Lunatic asylums Madras 1892-1911 - 1892-1911
Year: 1892
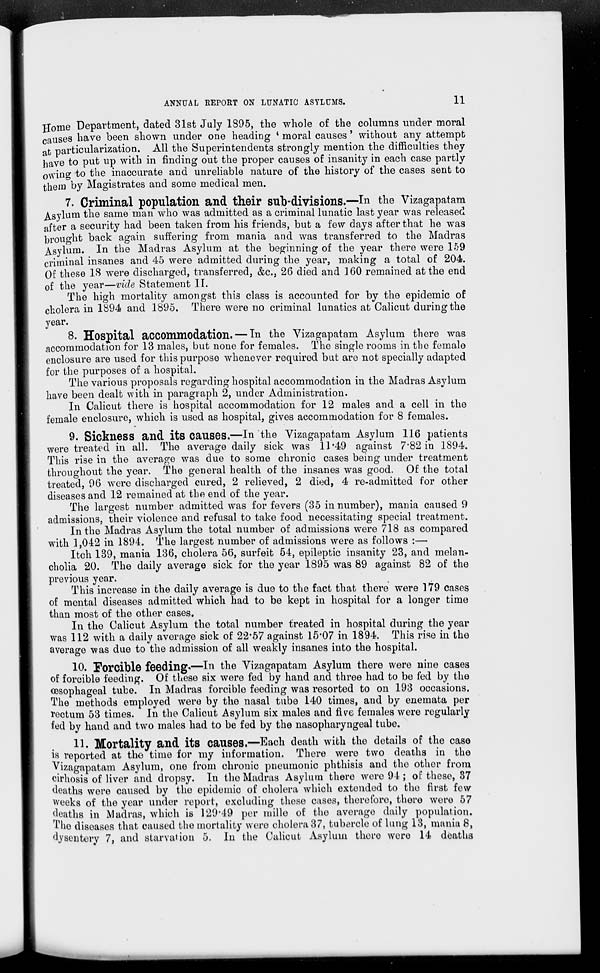
ANNUAL REPORT ON LUNATIC ASYLUMS.
11
Home Department, dated 31st July 1895, the whole of the columns under moral
causes have been shown under one heading ' moral causes' without any attempt
at particularization. All the Superintendents strongly mention the difficulties they
have to put up with in finding out the proper causes of insanity in each case partly
owing to the inaccurate and unreliable nature of the history of the cases sent to
them by Magistrates and some medical men.
7. Criminal population and their sub-divisions.—In the Vizagapatam
Asylum the same man who was admitted as a criminal lunatic last year was released
after a security had been taken from his friends, but a few days after that he was
brought back again suffering from mania and was transferred to the Madras
Asylum. In the Madras Asylum at the beginning of the year there were 159
criminal insanes and 45 were admitted during the year, making a total of 204.
Of these IS were discharged, transferred, &c, 26 died and 160 remained at the end
of the year—vide Statement II.
The high mortality amongst this class is accounted for by the epidemic of
cholera in 1894 and 1895. There were no criminal lunatics at Calicut during the
year.
8. Hospital accommodation. — In the Vizagapatam Asylum there was
accommodation for 13 males, but none for females. The single rooms in the female
enclosure are used for this purpose whenever required but are not specially adapted
for the purposes of a hospital.
The various proposals regarding hospital accommodation in the Madras Asylum
have been dealt with in paragraph 2, under Administration.
In Calicut there is hospital accommodation for 12 males and a cell in the
female enclosure, which is used as hospital, gives accommodation for 8 females.
9. Sickness and its causes.—In the Vizagapatam Asylum 116 patients
were treated in all. The average daily sick was 11*49 against 7*82 in 1894.
This rise in the average was due to some chronic cases being under treatment
throughout the year. The general health of the insanes was good. Of the total
treated, 96 were discharged cured, 2 relieved, 2 died, 4 re-admitted for other
diseases and 12 remained at the end of the year.
The largest number admitted was for fevers (35 in number), mania caused 9
admissions, their violence and refusal to take food necessitating special treatment.
In the Madras Asylum the total number of admissions were 718 as compared
with 1,042 in 1894. The largest number of admissions were as follows :—
Itch 139, mania 136, cholera 56, surfeit 54, epileptic insanity 23, and melan-
cholia 20. The daily average sick for the year 1895 was 89 against 82 of the
previous year.
This increase in the daily average is due to the fact that there were 179 cases
of mental diseases admitted which had to be kept in hospital for a longer time
than most of the other cases.
In the Calicut Asylum the total number treated in hospital during the year
was 112 with a daily average sick of 22*57 against 15*07 in 1894. This rise in the
average was due to the admission of all weakly insanes into the hospital.
10. Forcible feeding*—In the Vizagapatam Asylum there were nine cases
of forcible feeding. Of these six were fed by hand and three had to be fed by the
oesophageal tube. In Madras forcible feeding was resorted to on 193 occasions.
The methods employed were by the nasal tube 140 times, and by enemata per
rectum 53 times. In the Calicut Asylum six males and five females were regularly
fed by hand and two males had to be fed by the nasopharyngeal tube.
11. Mortality and its causes.—Each death with the details of the case
is reported at tho time for my information. There were two deaths in the
Vizagapatam Asylum, one from chronic pneumonic phthisis and tho other from
cirhosis of liver and dropsy. In the Madras Asylum there were 94 ; of these, 37
deaths were caused by tho epidemic of cholera which extended to the first few
weeks of the year under report, excluding these cases, therefore, there were 57
deaths in Madras, which is 129*49 per mille of the average daily population.
The disoases that caused the mortality were cholera 37, tubercle of lung 13, mania 8,
dysentery 7, and starvation 5. In the Calicut Asylum there were 14 deaths